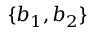
\{ b _ { 1 } , b _ { 2 } \}